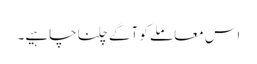
اس معاملے کو آگے چلنا چاہیے۔